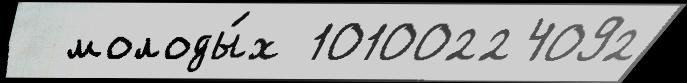
  молоды́х 10100224092